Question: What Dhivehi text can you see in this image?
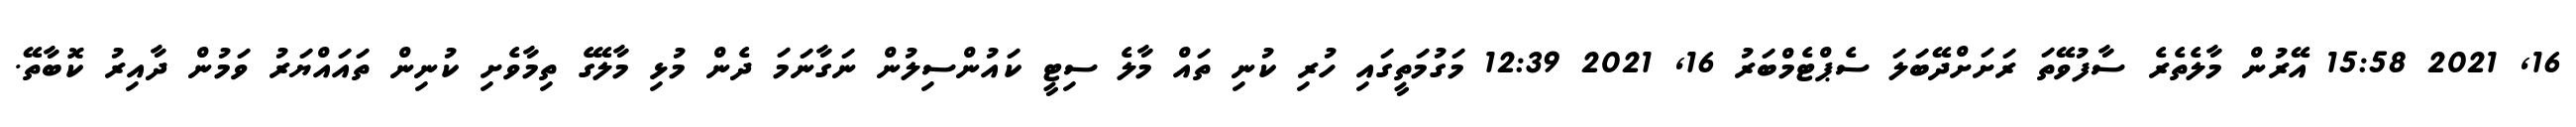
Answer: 16, 2021 15:58 އޭރުން މާލެތެރެ ސާފުވޭތަ ރަށަށްދޭބަލަ ސެޕްޓެމްބަރު 16, 2021 12:39 މަގުމަތީގައި ހުރި ކުނި ތައް މާލެ ސިޓީ ކައުންސިލުން ނަގާނަމަ ދެން މުޅި މާލޭގެ ތިމާވެށި ކުނިން ތައައްޔަރު ވަމުން ދާއިރު ކޮބާތޭ.